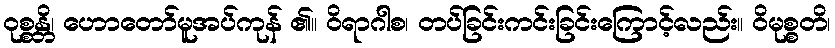
ဝုစ္စန္တိ၊ ဟောတော်မူအပ်ကုန် ၏။ ဝိရာဂါစ၊ တပ်ခြင်းကင်းခြင်းကြောင့်လည်း။ ဝိမုစ္စတိ၊